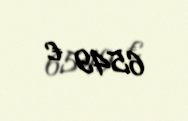
6549 €